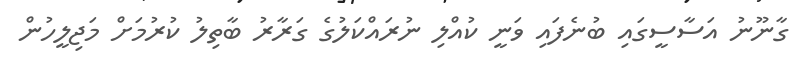
ގާނޫނު އަސާސީގައި ބުނެފައި ވަނީ ކުއްލި ނުރައްކަލުގެ ގަރާރު ބާތިލު ކުރުމަށް މަޖިލީހުން